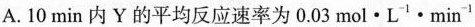
A.10min内Y的平均反应速率为0.03mol\cdot L^{-1}\cdot min^{-1}